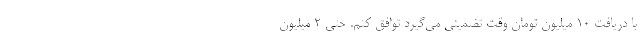
با دریافت ۱۰ میلیون تومان وقت تضمینی می‌گیرد توافق کنم. حتی ۲ میلیون